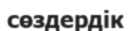
сөздердік